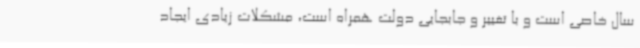
سال خاصی است و با تغییر و جابجایی دولت همراه است، مشکلات زیادی ایجاد